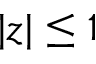
| z | \le 1